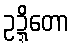
ဥဍ္ဍိတော